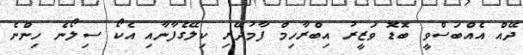
ދޭއް އެއްބަސްވީ ބޮޑޮ ވަޒީރު އިބްރާހިމް ފާމުދޭރި ކިލޭގެފާނާއި އެކޯ ސިލޯނެ ހިންނެ